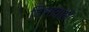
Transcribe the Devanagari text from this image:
दिशावाले